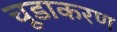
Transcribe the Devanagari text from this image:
चूडाकरण